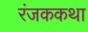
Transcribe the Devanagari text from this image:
रंजककथा